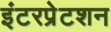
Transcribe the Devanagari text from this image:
इंटरप्रेटशन